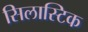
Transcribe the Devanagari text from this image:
सिलास्टिक